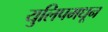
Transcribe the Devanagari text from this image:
युलिपमधून